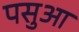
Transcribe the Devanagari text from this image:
पसुआ